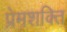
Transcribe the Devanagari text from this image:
प्रेमशक्ति